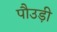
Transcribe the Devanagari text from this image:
पौउड़ी